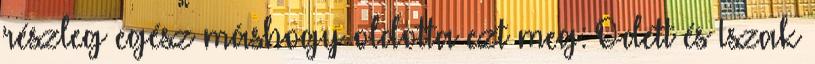
részleg egész máshogy oldotta ezt meg: Odett és Iszak